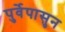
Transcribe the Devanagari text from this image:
पुर्वेपासुन